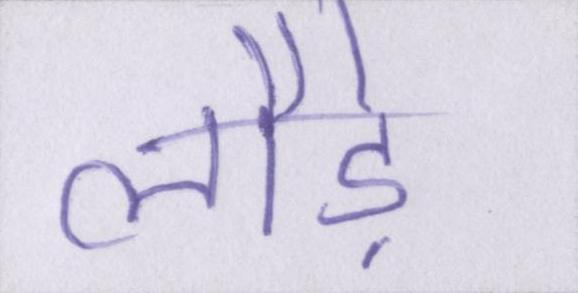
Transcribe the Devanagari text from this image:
लौड़े